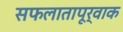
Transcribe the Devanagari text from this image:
सफलातापूर्वाक